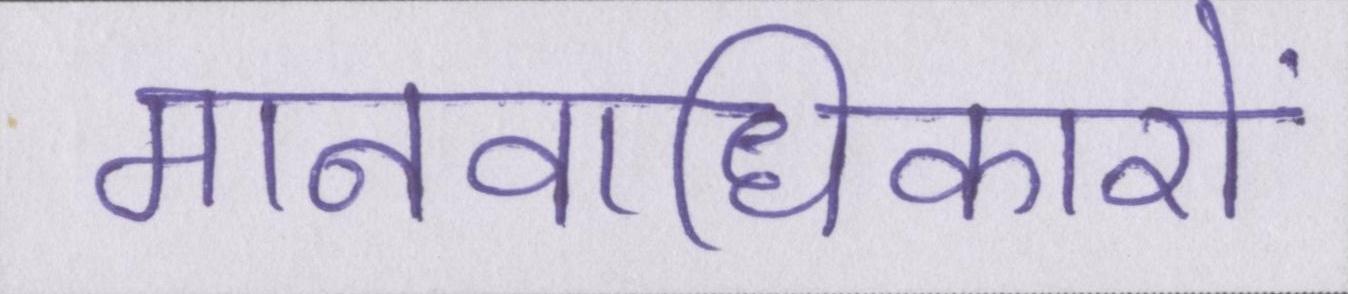
मानवाधिकारों